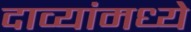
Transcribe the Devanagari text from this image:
दाव्यांमध्ये